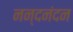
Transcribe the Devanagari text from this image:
नन्दनंदन